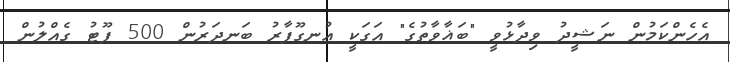
އެހެންކަމުން ނަޝީދު ވިދާޅުވީ "ބަޣާވާތުގެ" އަގަކީ އުނގޫފާރު ބަނދަރުން 500 ފޫޓު ގެއްލުން